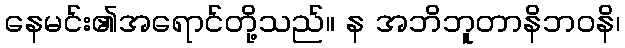
နေမင်း၏အရောင်တို့သည်။ န အဘိဘူတာနိဘဝနိ၊